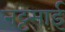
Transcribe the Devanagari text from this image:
नट्टमाई